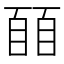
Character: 𬛭